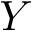
Y